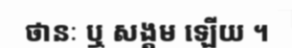
ថានៈ ឬ សង្គម ឡើយ ។